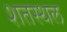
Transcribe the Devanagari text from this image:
शतस्थल